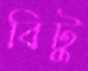
বিটু